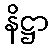
နိဋ္ဌာ